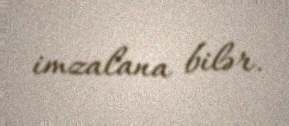
imzalana bilər.